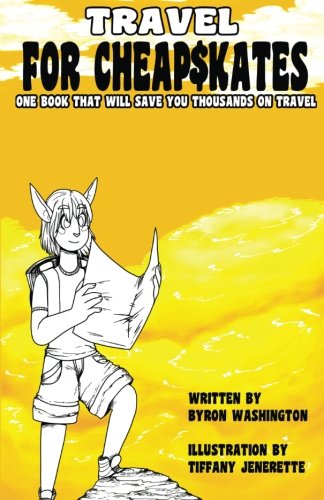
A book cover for Travel For Cheapskates; Byron Duane Washington; Travel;